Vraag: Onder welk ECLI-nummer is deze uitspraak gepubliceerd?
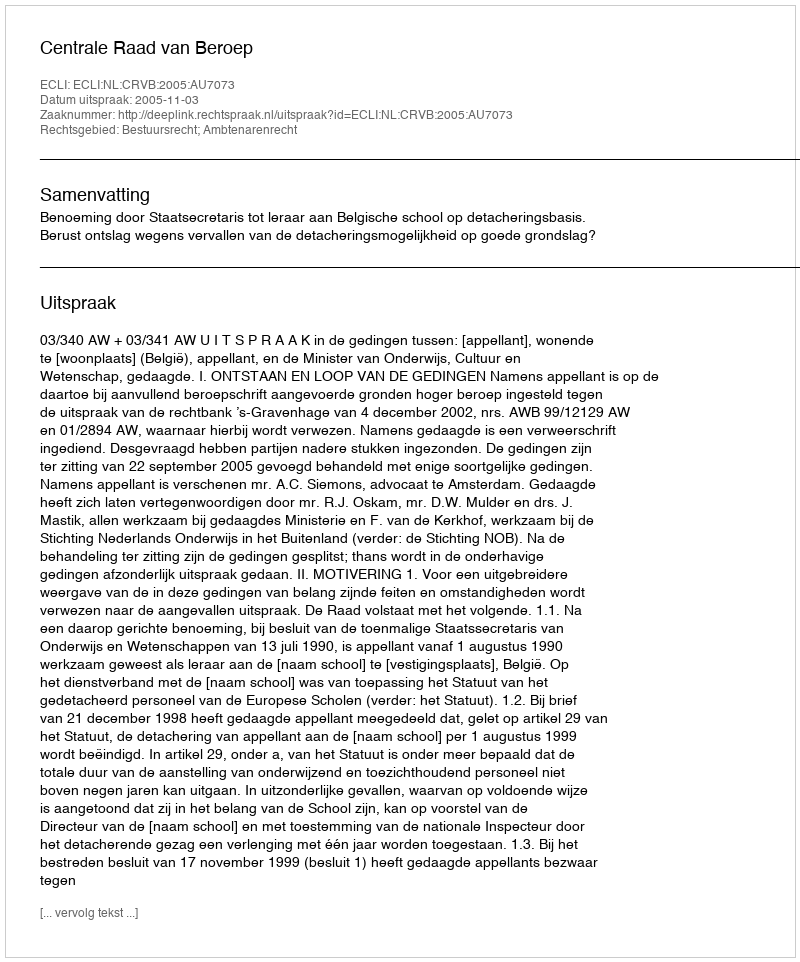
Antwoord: ECLI:NL:CRVB:2005:AU7073